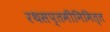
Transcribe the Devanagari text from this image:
रथसप्तमीनिमित्त